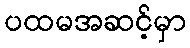
ပထမအဆင့်မှာ